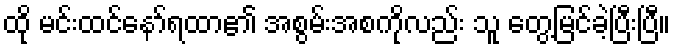
ထို မင်းထင်နော်ရထာ၏ အစွမ်းအစကိုလည်း သူ တွေ့မြင်ခဲ့ပြီးပြီ။